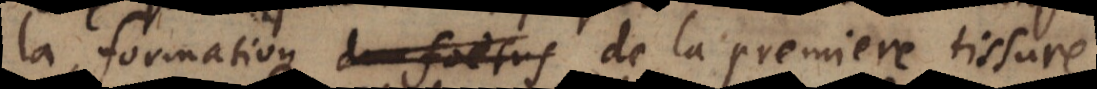
la formation du foetus de la premiere tissure